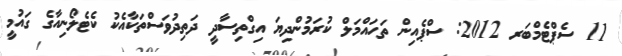
11 ސެޕްޓެމްބަރ 2012: ސްޕެއިން ތަހައްމަލް ކުރަމުންދިޔަ އިގްތިސާދީ ދަތިދުވަސްތަކާއެކު ކެޓެލޯނިއާގެ ގައުމީ